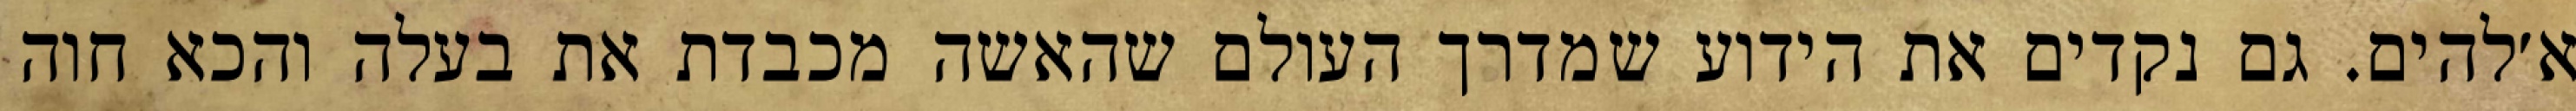
א׳להים. גם נקדים את הידוע שמדרך העולם שהאשה מכבדת את בעלה והכא חוה